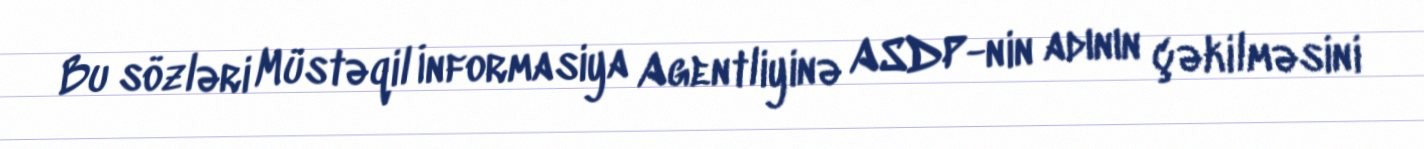
Bu sözləri Müstəqil İnformasiya Agentliyinə ASDP-nin adının çəkilməsini